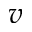
v